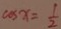
\cos x = \frac { 1 } { 2 }